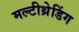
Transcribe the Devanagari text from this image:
मल्टीथ्रेडिंग